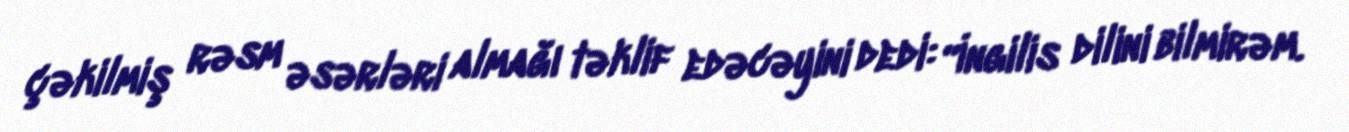
çəkilmiş rəsm əsərləri almağı təklif edəcəyini dedi: “İngilis dilini bilmirəm.